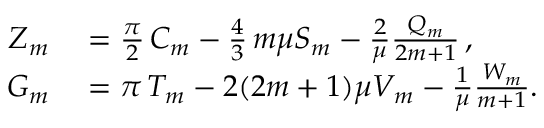
\begin{array} { r l } { Z _ { m } } & { { } = \frac { \pi } { 2 } \, C _ { m } - \frac { 4 } { 3 } \, m \mu S _ { m } - \frac { 2 } { \mu } \frac { Q _ { m } } { 2 m + 1 } \, , } \\ { G _ { m } } & { { } = \pi \, T _ { m } - 2 ( 2 m + 1 ) \mu V _ { m } - \frac { 1 } { \mu } \frac { W _ { m } } { m + 1 } . } \end{array}